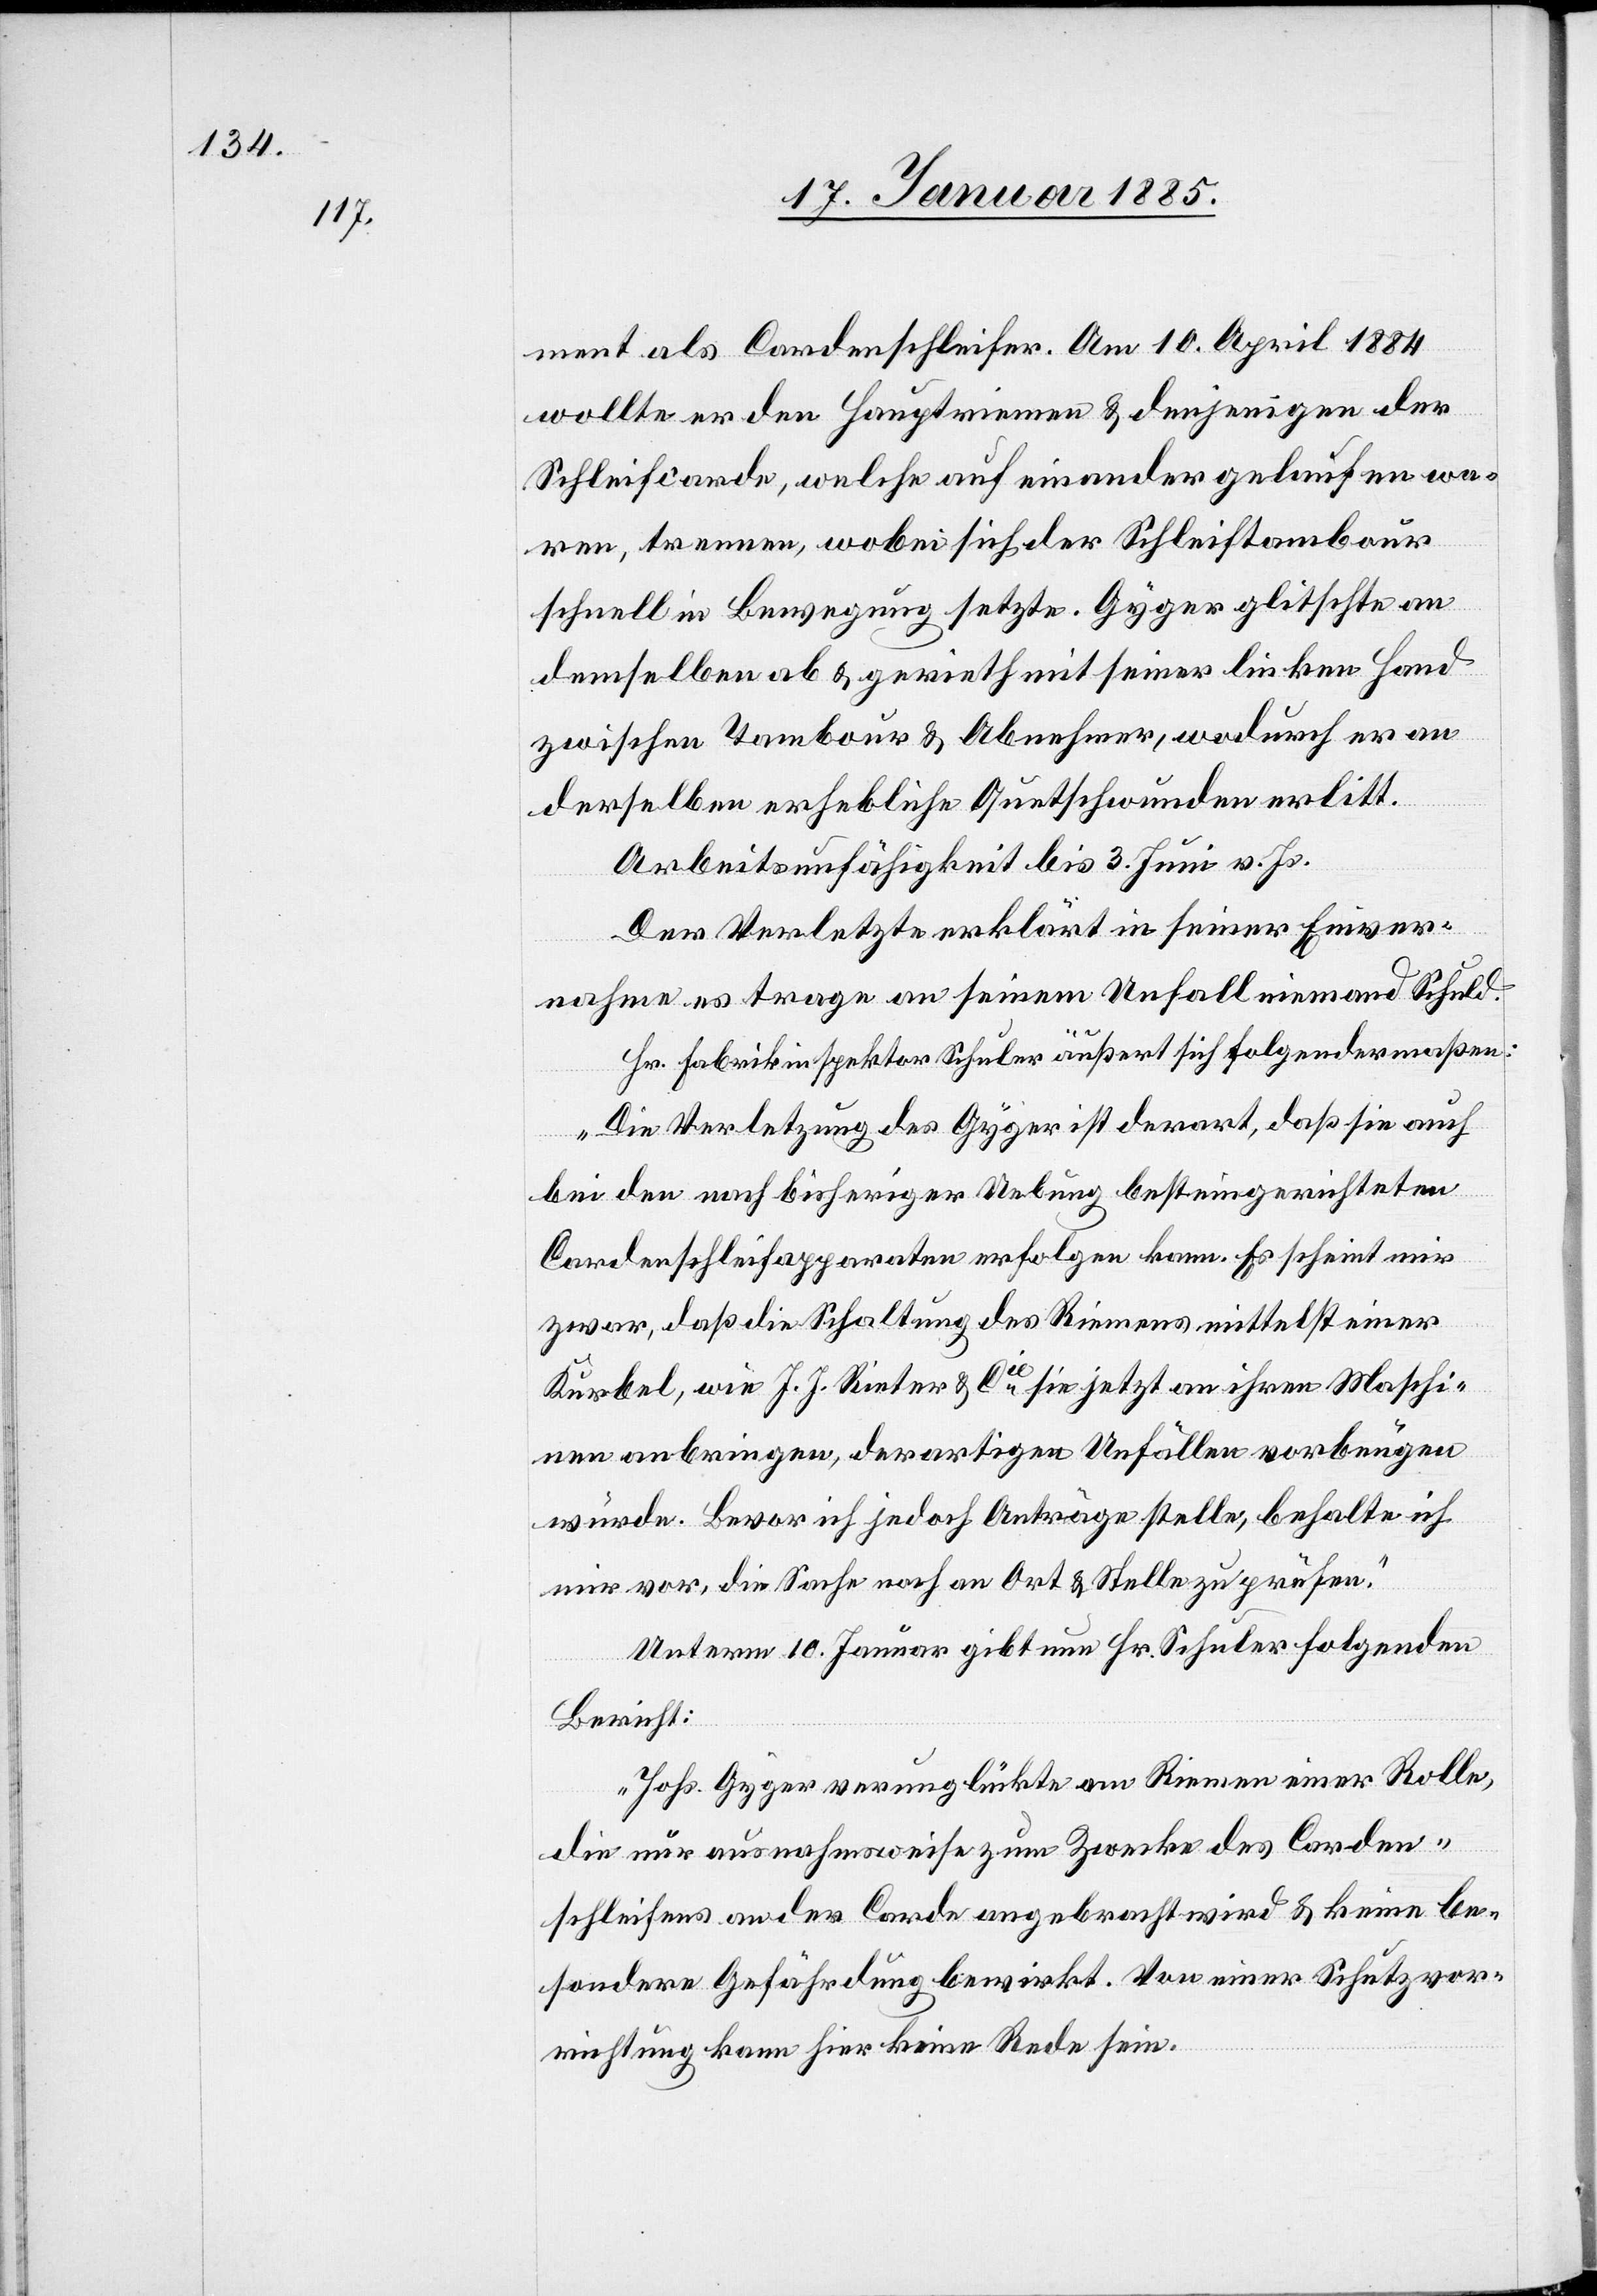
ment als Cardenschleifer. Am 10. April 1884
wollte er den Hauptriemen & denjenigen der
Schleifcarde, welche auf einander gelaufen wa¬
ren, trennen, wobei sich der Schleifstambour
schnell in Bewegung setzte. Gyger glitschte an
demselben ab & gerieth mit seiner linken Hand
zwischen Tambour & Abnehmer, wodurch er an
derselben erhebliche Quetschwunden erlitt.
Arbeitsunfähigkeit bis 3. Juni v. Js.
Der Verletzte erklärt in seiner Einver¬
nahme es trage an seinem Unfall niemand Schuld.
Hr. Fabrikinspektor Schuler äußert sich folgendermaßen:
„Die Verletzung des Gyger ist derart, daß sie auch
bei den nach bisheriger Uebung besteingerichteten
Cardenschleifapparaten erfolgen kann. Es scheint mir
zwar, daß die Schaltung des Riemens mittelst einer
Kurbel, wie J. J. Rieter & Cie sie jetzt an ihren Maschi¬
nen anbringen, derartigen Unfällen vorbeugen
würde. Bevor ich jedoch Anträge stelle, behalte ich
mir vor, die Sache noch an Ort & Stelle zu prüfen.“
Unterm 10. Januar gibt nun Hr. Schuler folgenden
Bericht:
„Johs. Gyger verunglückte am Riemen einer Rolle,
die nur ausnahmsweise zum Zwecke des Carden¬
schleifens an der Carde angebracht wird & keine be¬
sondere Gefährdung bewirkt. Von einer Schutzvor¬
richtung kann hier keine Rede sein.“